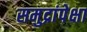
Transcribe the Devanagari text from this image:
समुद्रांपेक्षा